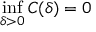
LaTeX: \operatorname* { i n f } _ { \delta > 0 } C ( \delta ) = 0